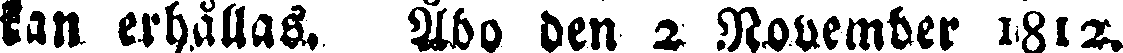
kan erhållas. Åbo den 2 November 1812.